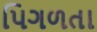
પિગળતા